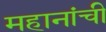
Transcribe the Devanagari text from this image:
महानांची